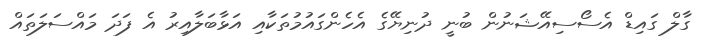
ގާލް ގައިޑް އެސޯސިއޭޝަނުން ބުނީ ދުނިޔޭގެ އެހެންގައުމުތަކާއި އަޅާބަލާއިރު އެ ފަދަ މައްސަލަތައް